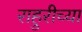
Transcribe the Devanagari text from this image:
राहुरीच्या